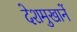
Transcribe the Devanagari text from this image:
देशमुखानें